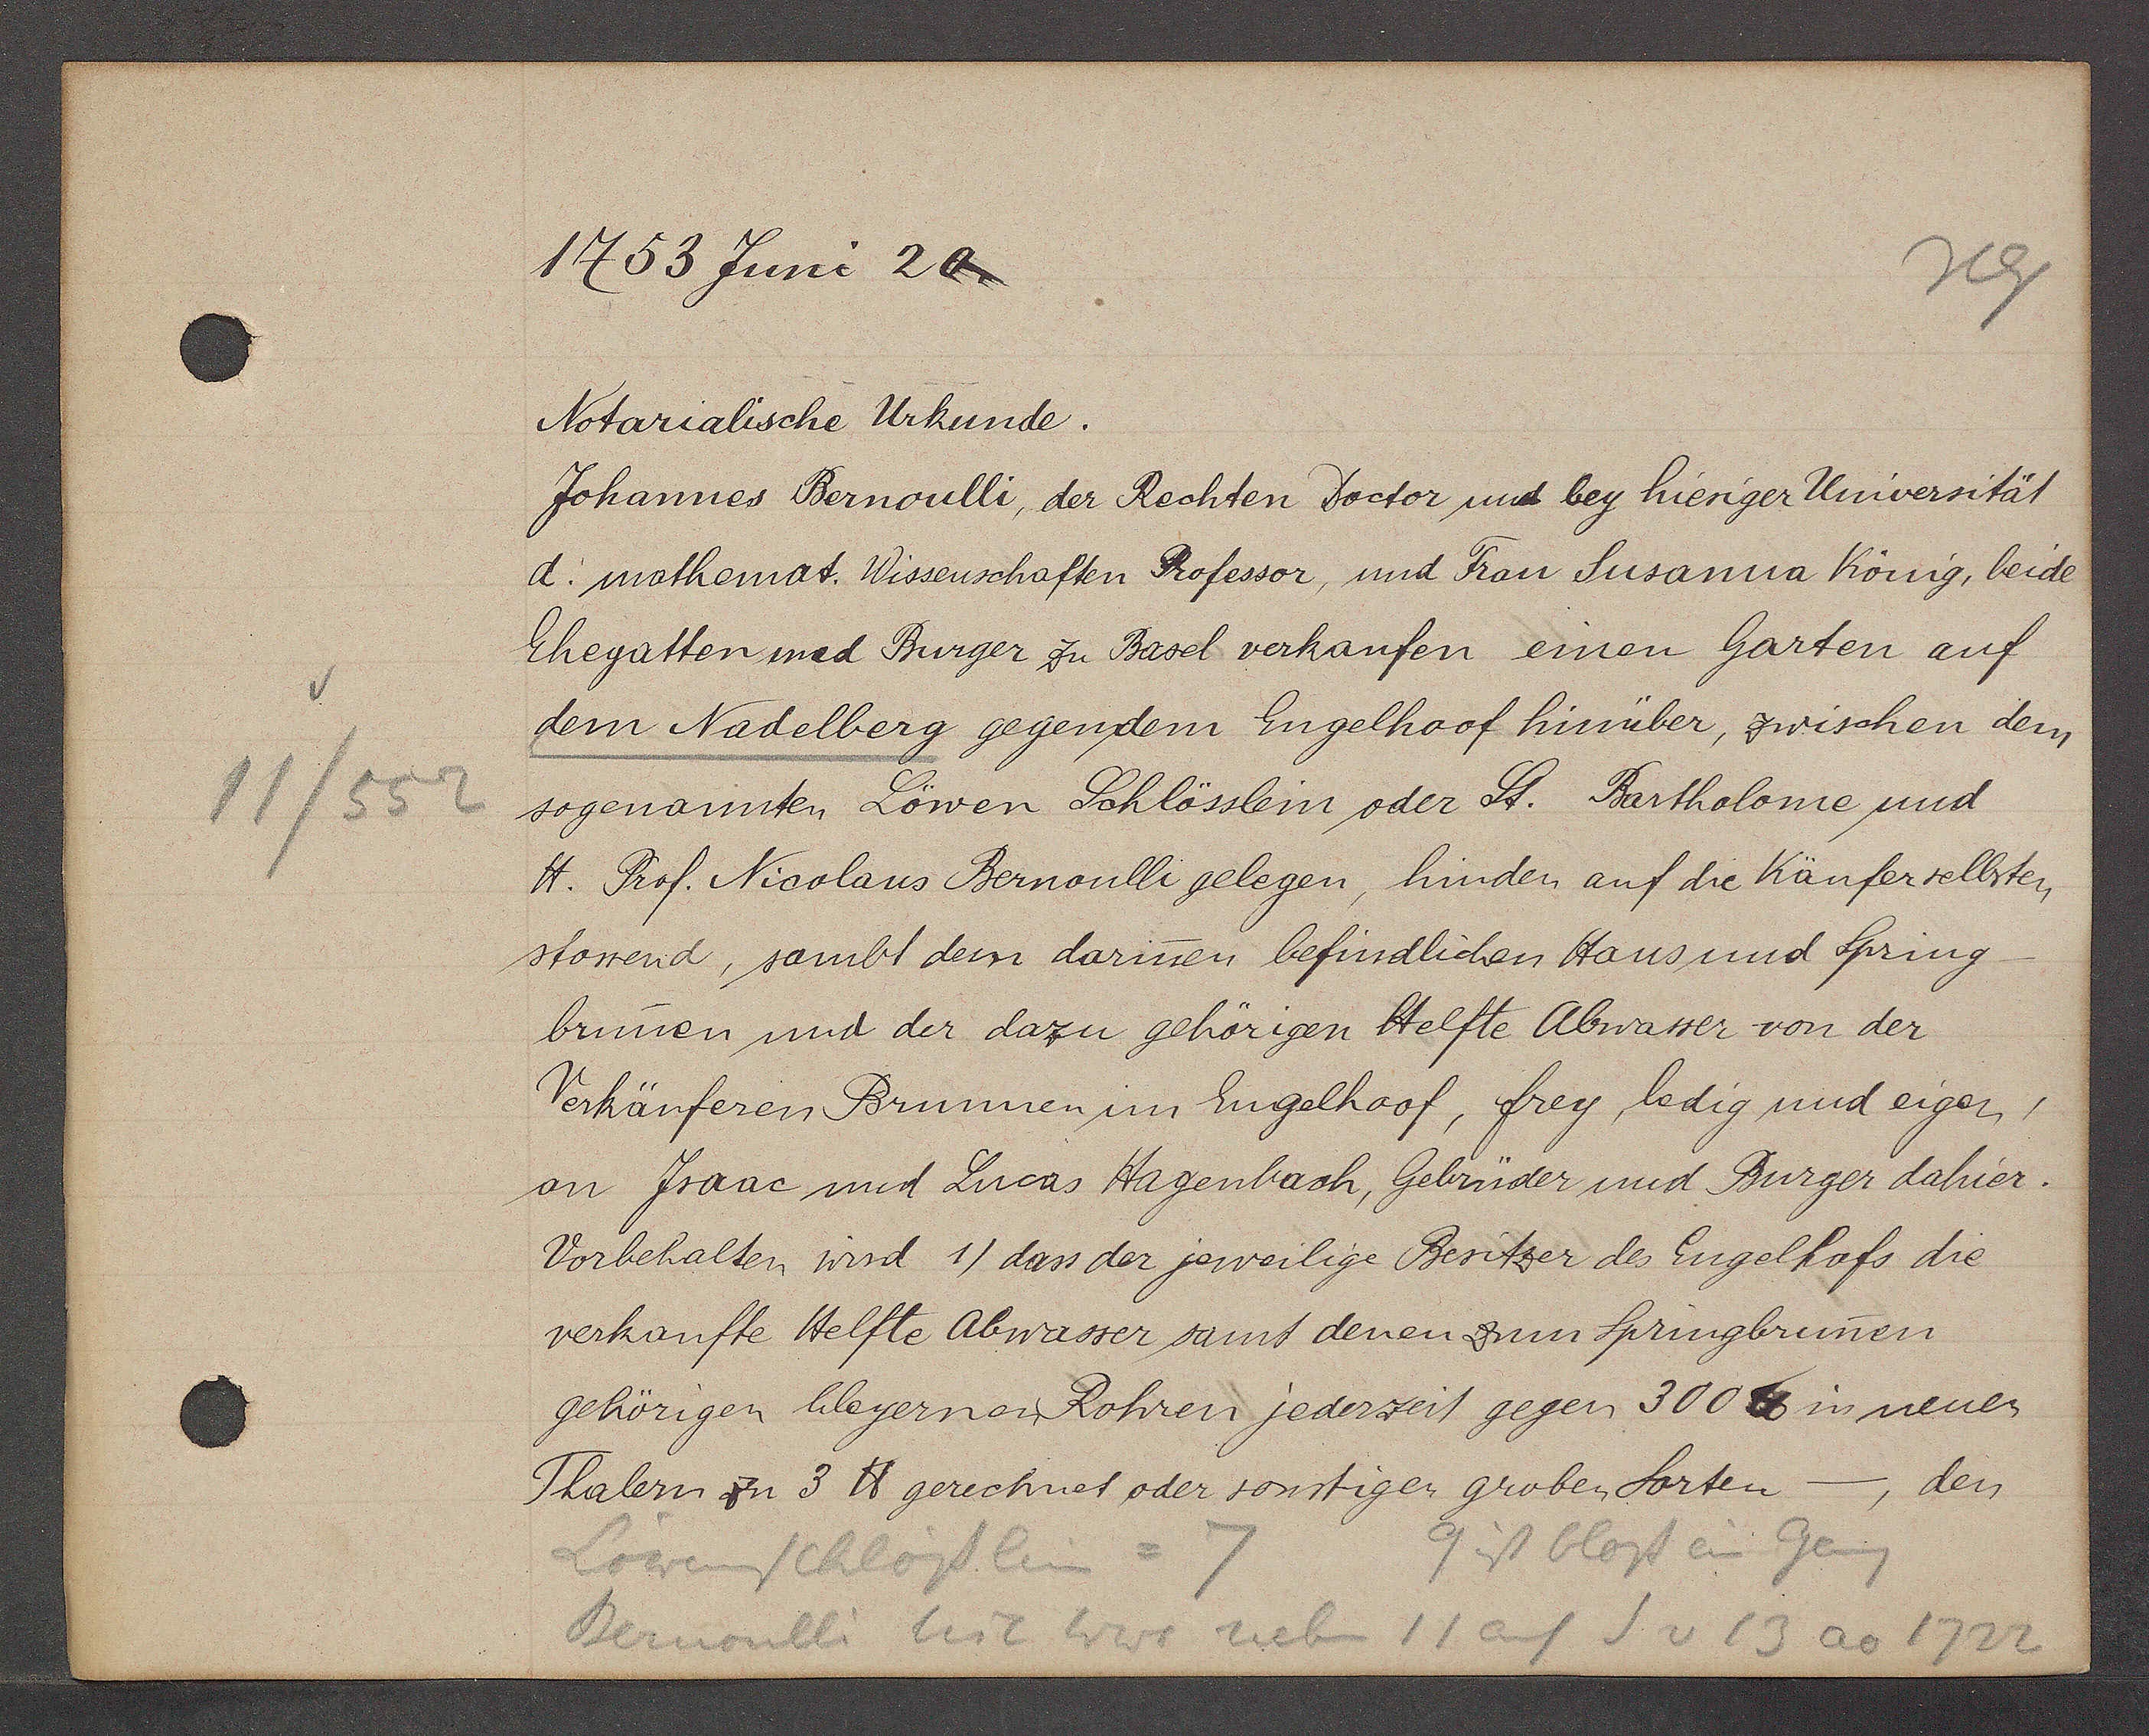
Transcript:
11/552

1753 Juni 20.

Notarialische Urkunde.
Johannes Bernoulli, der Rechten Doctor und bey hieriger Universität
d. mathemat. Wissenschaften Professor, und Frau Susanna König, beide
Ehegatten und Burger zu Basel verkaufen einen Garten auf
dem Nadelberg gegen dem Engelhoof hinüber, zwischen dem
sogenannten Löwen Schlösslein oder St. Bartholome und
H. Prof. Nicolaus Bernoulli gelegen, hinden auf die Käufer selbsten
stossend, sambt dem darinen befindlichen Haus und Spring
brunnen und der dazu gehörigen Helfte Abwasser von der
Verkäuferen Brunnen im Engelhoof, frey, ledig und eigen,
on Jsaac mid Lucas Hagenbach, Gebrüder und Burger dahier.
Vorbehalten wird 1) dass der jeweilige Besitzer des Engelhofs die
verkaufte Helfte Abwasser samt denen zum Springbrunen
gehörigen hleyernen Rohren jederzeit gegen 300 ℔ in neuer
Thalern zu 3 ℔ gerechnet oder sonstiger groben Sorten
-, den

9 ist bloss ein Gang
Löweinschlösslein = 7
Bernoulli mit Wwe neben
11 auf S v 13 ao 1722